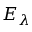
E _ { \lambda }